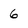
Character: 6